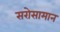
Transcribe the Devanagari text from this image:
सरोसामान